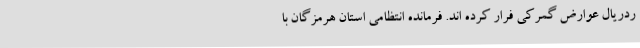
ردریال عوارض گمرکی فرار کرده اند. فرمانده انتظامی استان هرمزگان با